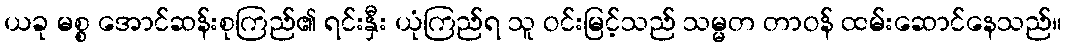
ယခု မစ္စ အောင်ဆန်းစုကြည်၏ ရင်းနှီး ယုံကြည်ရ သူ ဝင်းမြင့်သည် သမ္မတ တာဝန် ထမ်းဆောင်နေသည်။